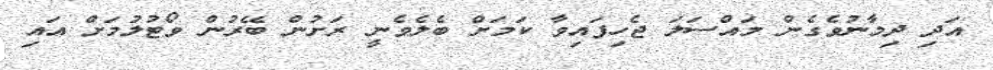
އަދި ދިމާނުވެގެން މައްސަލަ ޖެހިފައިވާ ކަމަށް ބެލެވެނީ ރަށުން ބޭރުން ވޯޓުލުމަށް އައި